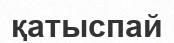
қатыспай